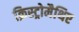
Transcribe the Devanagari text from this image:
क्रिस्ट्रोमैथिए